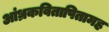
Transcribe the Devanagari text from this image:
आंध्रकवितापितामह